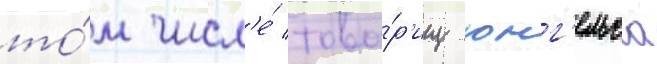
то́м числ'е́ това́р'ищ юнг'ельса